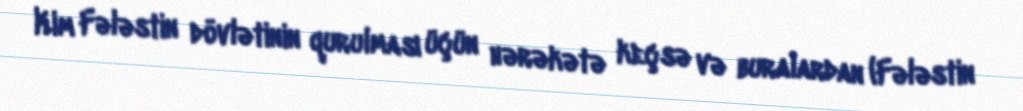
Kim Fələstin dövlətinin qurulması üçün hərəkətə keçsə və buralardan (Fələstin